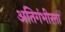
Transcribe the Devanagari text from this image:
अतिगंभीरता